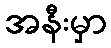
အနီးမှာ